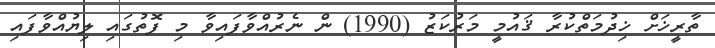
ތާރީޚަށް ޚިދުމަތްކުރާ ޤައުމީ މަރުކަޒު (1990) ން ނެރުއްވާފައިވާ މި ފޮތުގައި ލިޔުއްވާފައި